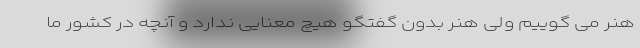
هنر می گوییم ولی هنر بدون گفتگو هیچ معنایی ندارد و آنچه در کشور ما